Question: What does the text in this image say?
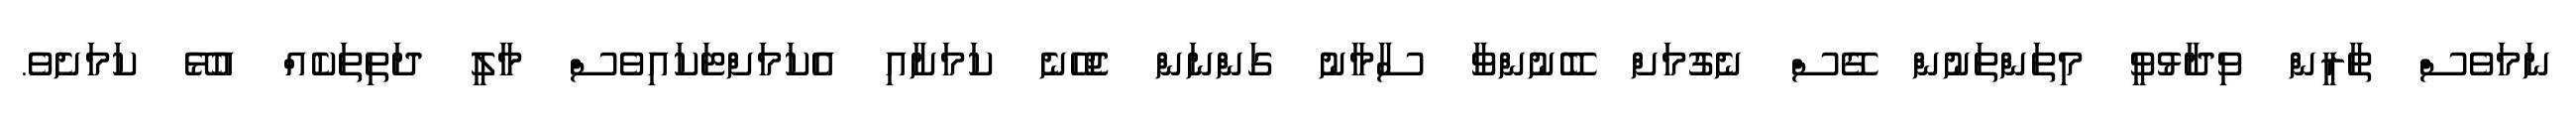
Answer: ނަމަވެސް ތާރީން ވިދާޅުވީ މިތަންތަނުން ގޭސް ނެގުމަށް ބޭނުންވާ ސާމާނު ގަންނަން ޖެހޭނެ ކަމަށާއި އެކަމަށްޓަކައިވެސް މާލީ ދަތިތަކެއް އުޅޭ ކަމަށެވެ.